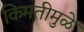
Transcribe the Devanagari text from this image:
किमतीमुळे